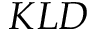
K L D